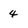
Character: 4